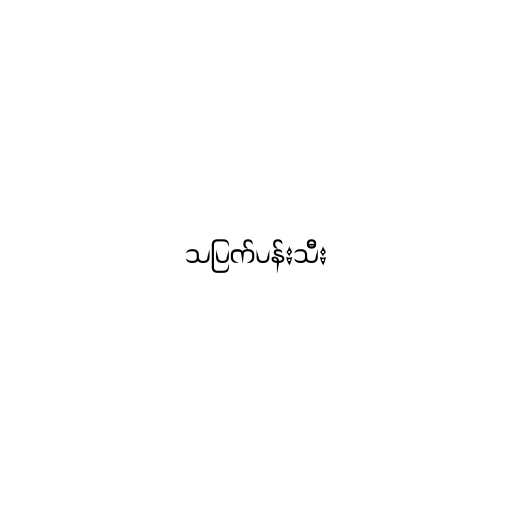
သပြက်ပန်းသီး